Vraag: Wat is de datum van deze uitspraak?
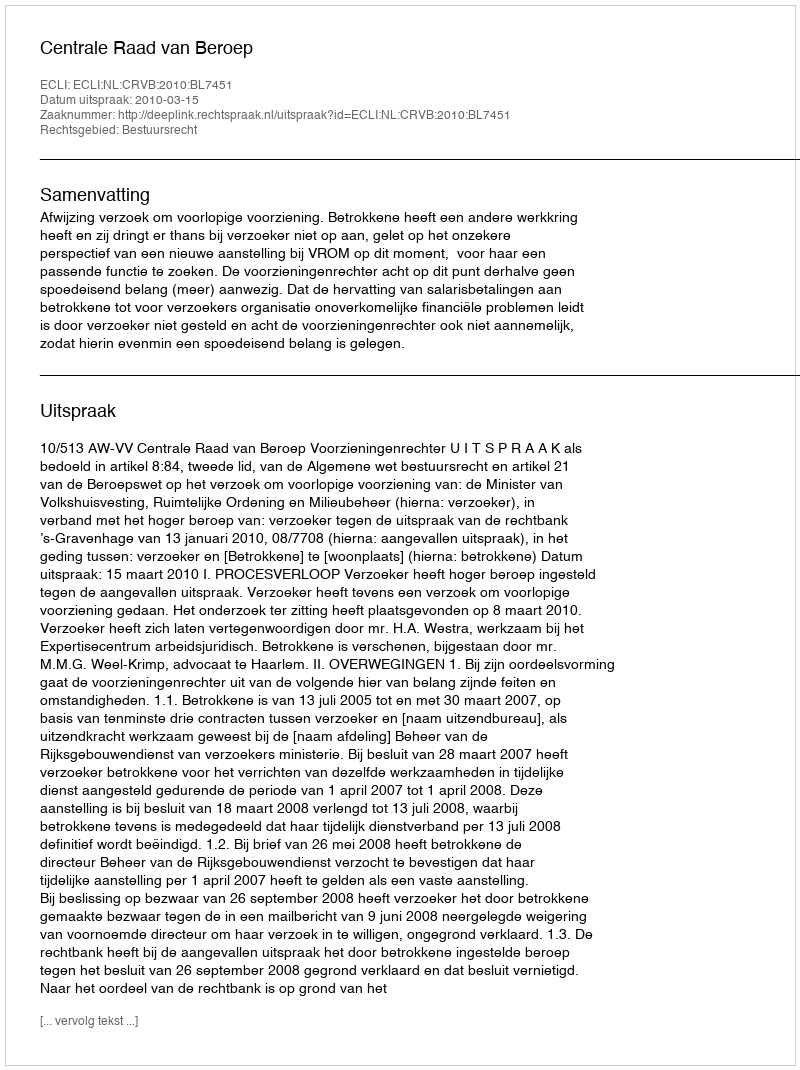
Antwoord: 2010-03-15